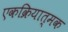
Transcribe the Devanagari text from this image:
एकक्रियात्मक